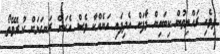
ދިވެހި ރައްޔިތުން ކިބައިން މާފަށް އެދިފައި އަނެއްކާ ވެސް އެކަން ރަނގަޅަށް ކުރެވޭތޯ